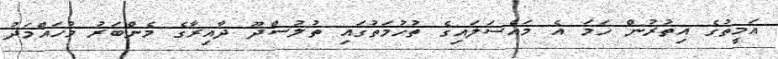
އަމީތުގެ އިތުރުން ހަމަ އެ މައްސަލައިގެ ތުހުމަތުގައި ތުލުސްދޫ ދާއިރާގެ މެންބަރު މުހައްމަދު